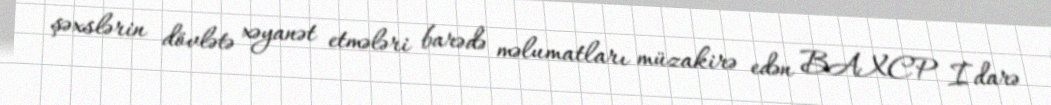
şəxslərin dövlətə xəyanət etmələri barədə məlumatları müzakirə edən BAXCP İdarə